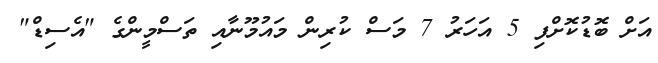
އަށް ބޮޑުކޮށްފި 5 އަހަރު 7 މަސް ކުރިން މައުމޫނާއި ތަސްމީންގެ "އެސިޑް"